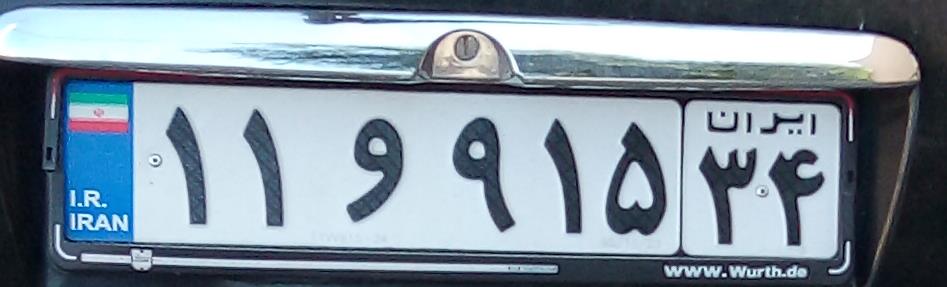
۱۱و۹۱۵۳۴